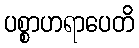
ပစ္စာဟရာပေတိ